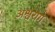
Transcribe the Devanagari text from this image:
अश्वरोग